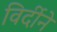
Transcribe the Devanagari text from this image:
विर्दीने